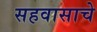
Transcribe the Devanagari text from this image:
सहवासाचे